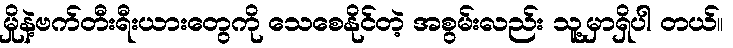
မှိုနဲ့ဗက်တီးရီးယားတွေကို သေစေနိုင်တဲ့ အစွမ်းလည်း သူ့မှာရှိပါ တယ်။